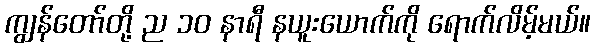
ကျွန်တော်တို့ ည ၁၀ နာရီ နယူးယောက်ကို ရောက်လိမ့်မယ်။